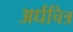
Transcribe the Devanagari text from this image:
अर्धचित्र